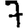
Digit: 7